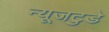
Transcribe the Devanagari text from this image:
न्यूजटुडे